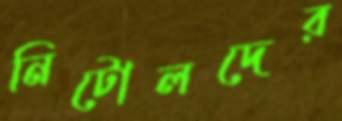
নিটোলদের